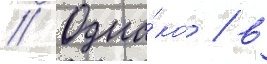
// Одна́ко / в